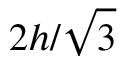
2 h / { \sqrt { 3 } }